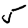
Digit: 5